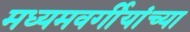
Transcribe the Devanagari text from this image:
मध्यमवर्गीयांच्या